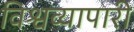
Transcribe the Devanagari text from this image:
विश्वव्यापारी